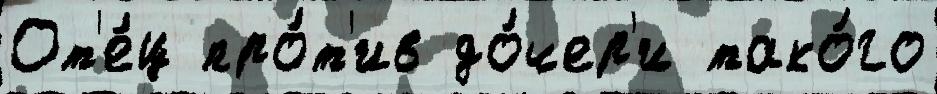
От'е́ц про́т'ив до́чер'и тако́го